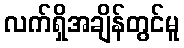
လက်ရှိအချိန်တွင်မူ